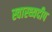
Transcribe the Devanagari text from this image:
स्वास्थ्यदीप